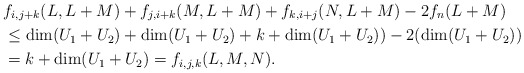
\begin{align*} &f_{i,j+k}(L,L+M) + f_{j,i+k}(M,L+M) + f_{k,i+j}(N,L+M) - 2f_n(L+M) \\ &\leq \dim (U_1+U_2) + \dim (U_1+U_2) + k + \dim (U_1+U_2)) - 2(\dim (U_1+U_2)) \\ &= k + \dim (U_1+U_2) = f_{i,j,k}(L,M,N).\end{align*}